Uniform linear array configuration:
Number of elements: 16
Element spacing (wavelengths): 0.25
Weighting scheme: cosine
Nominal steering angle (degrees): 15
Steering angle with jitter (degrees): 14.843
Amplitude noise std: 0.05
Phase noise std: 0.05

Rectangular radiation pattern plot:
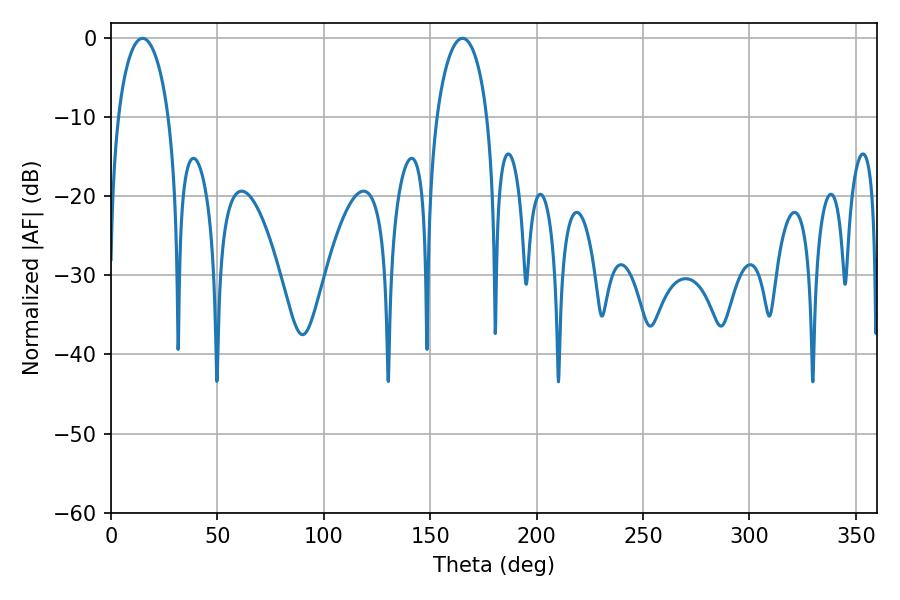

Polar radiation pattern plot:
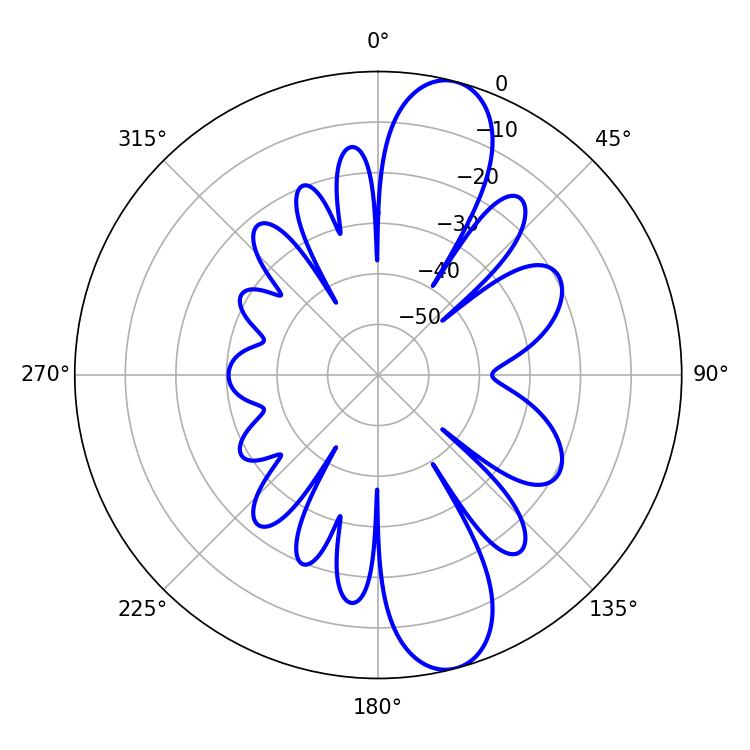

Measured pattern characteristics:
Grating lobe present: FALSE
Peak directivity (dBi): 11.711
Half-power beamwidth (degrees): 13.68
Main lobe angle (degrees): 14.76